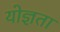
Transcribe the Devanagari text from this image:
योज्ञता